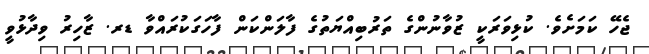
ޖެހޭ ކަމަށެވެ. ކުޅިވަރަކީ ޒުވާނުންގެ ތަރުބިއްޔަތުގެ ފާލަންކަން ފާހަގަކުރައްވާ ޑރ. ޒާހިރު ވިދާޅުވީ